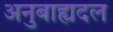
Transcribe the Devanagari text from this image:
अनुबाह्यदल